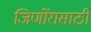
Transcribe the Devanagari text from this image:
जिर्णोरासाठी